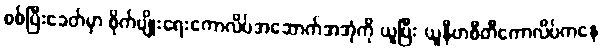
စစ်ပြီးခေတ်မှာ စိုက်ပျိုးရေးကောလိပ်အဆောက်အအုံကို ယူပြီး ယူနီဗာစီတီကောလိပ်ကနေ